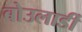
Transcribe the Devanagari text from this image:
बोउलार्डी